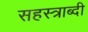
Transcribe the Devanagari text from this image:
सहस्‍त्राब्दी